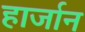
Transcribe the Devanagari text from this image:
हार्जान